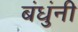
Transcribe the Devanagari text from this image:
बंधुंनी